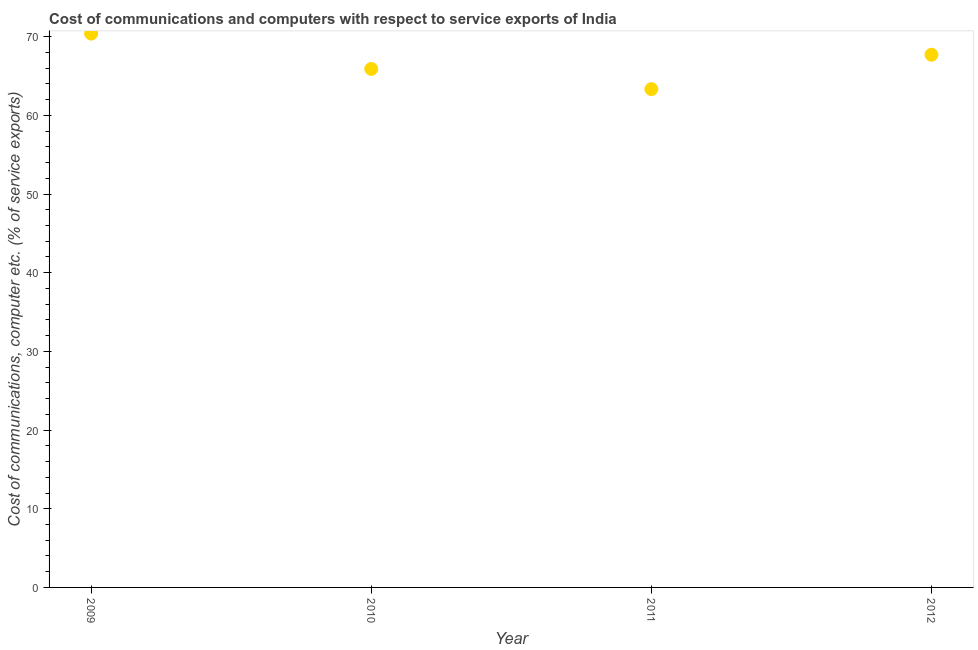
| Year | Communications |
 | --- | --- |
 | 2009 | 70.4 |
 | 2010 | 65.9 |
 | 2011 | 63.3 |
 | 2012 | 67.7 |